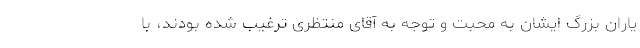
یاران بزرگ ایشان به محبت و توجه به آقای منتظری ترغیب شده بودند، با